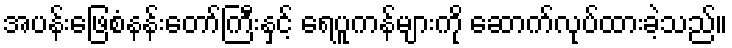
အပန်းဖြေစံနန်းတော်ကြီးနှင့် ရေပူကန်များကို ဆောက်လုပ်ထားခဲ့သည်။